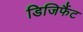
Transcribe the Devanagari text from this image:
डिजिफैंट